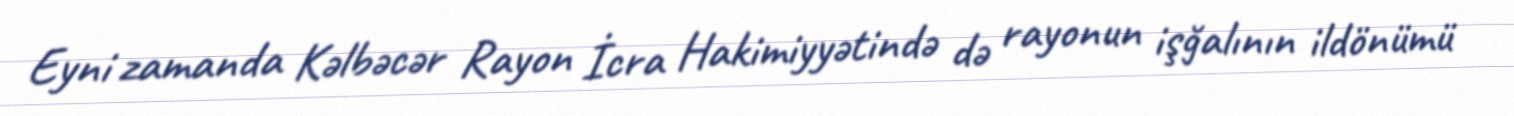
Eyni zamanda Kəlbəcər Rayon İcra Hakimiyyətində də rayonun işğalının ildönümü